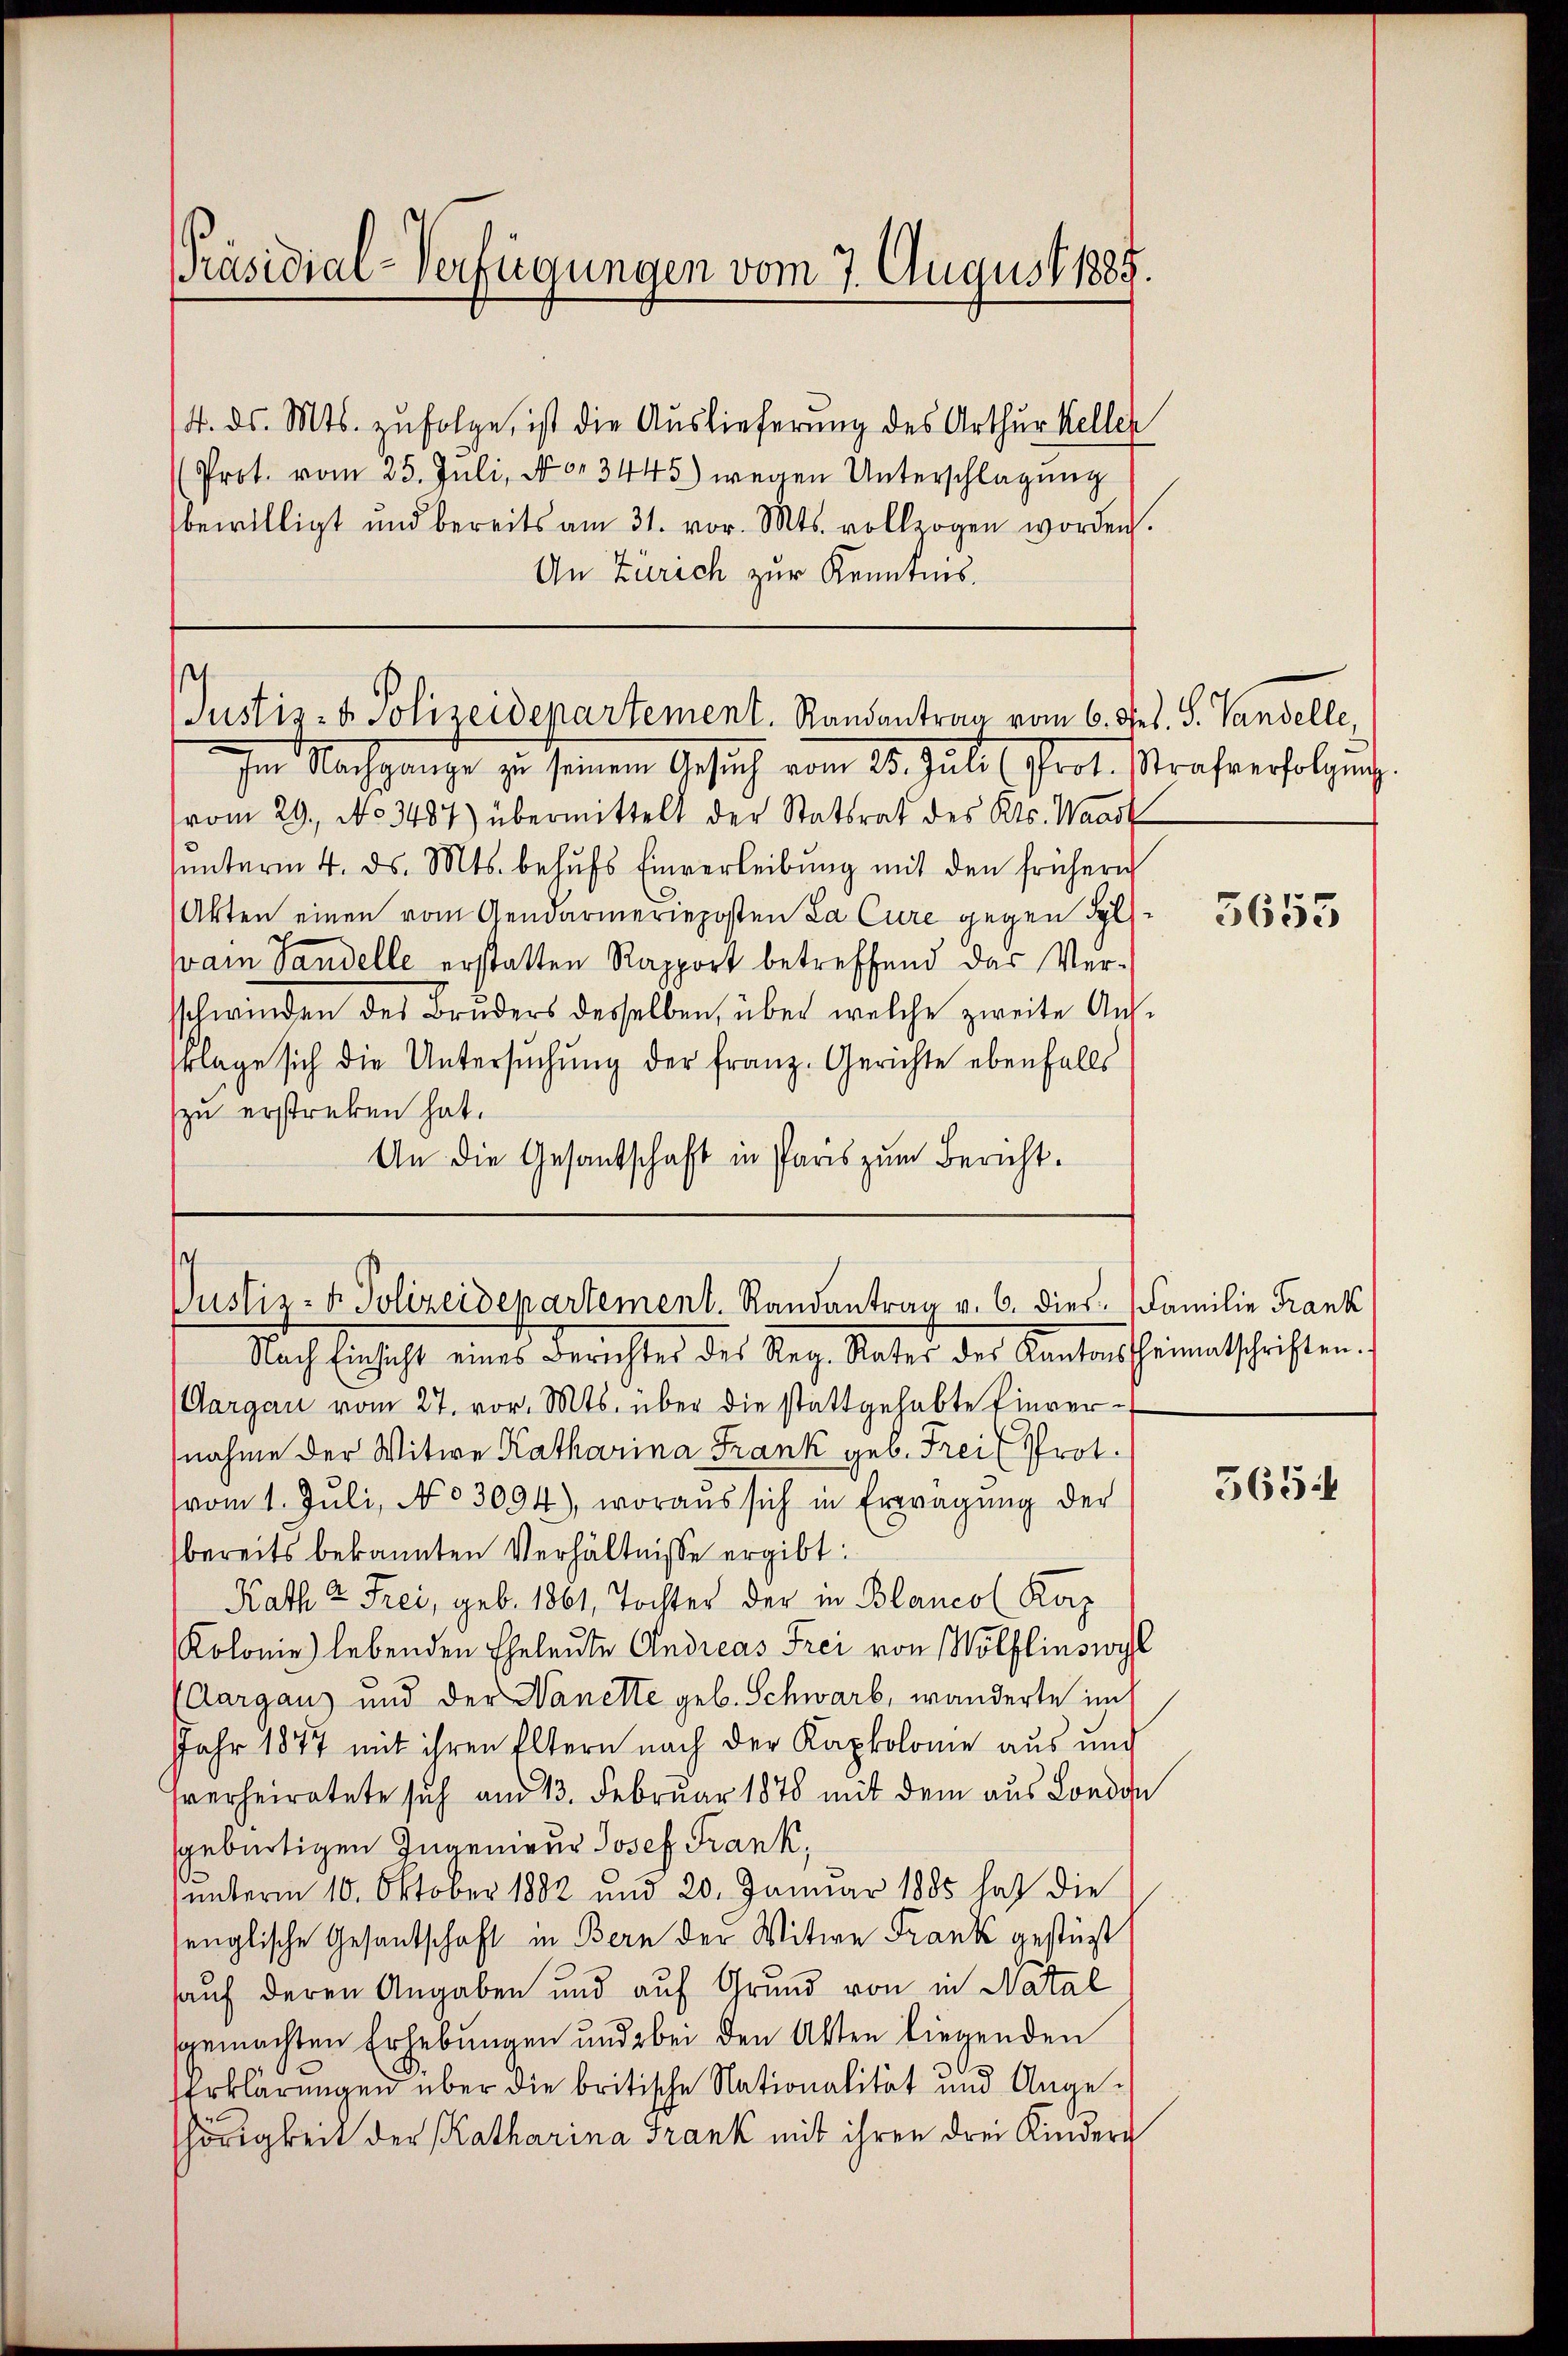
PPräsidial-Verfügungen vom 7. August 1885.

/4. ds. Mts. zufolge, ist die Auslieferung des Arthur Keller
(Prot. vom 25. Juli, No. 3445) wegen Unterschlagung
bewilligt und bereits am 31. vor. Mts. vollzogen worden.
An Zürich zur Kenntnis.

Justiz- & Polizeidepartement. Randantrag vom 6. Feb. S. Vandelle,

Im Nachgange zu seinem Gesuch vom 25. Juli Prot. Strafverfolgung.
vom 29. No 3487) übermittelt der Statsrat des Kts. Waadt
ŭnterm 4. ds. Mts. behŭfs Einverleibŭng mit den frühern
Akten einen vom Gendarmerieposten La Cure gegen Fol
(vam Sandelle erstatten Rapport betreffend das Verschwinden des Bruders desselben, über welche zweite Aus-
rlage sich die Untersŭchŭng der Franz. Gerichte ebenfalls
zu erstreben hat.
An die Gesantschaft in Paris zum Bericht.

¬
Pustiz- & Polizeidepartement. Randantrag v. 6. dies Familie Frank

Nach Einsicht eines Berichtes des Reg. Vater des Kantons heimatschriften.
(Aargau vom 27. vor. Mts. über die stattgehabte Einvernahme der Witwe Katharina Frank geb. Frei Prot.
(vom 1. Juli, No 3094), woraus sich in Erwägung der
bereits bekannten Verhältnisse ergibt:
Rath u Frei, geb. 1861, Tochter der in Blancol Korp
Kolonie) lebenden Eheleute Andreas Frei von Wölflinswyl
Aargau) und der Wanette geb. Schwarb, wanderte im
Jahr 1877 mit ihren Eltern nach der Kapkolome aus und
sverheiratete sich am 13. Februar 1878 mit dem aus Londo
gebürtigen Ingenieur Josef Frank,
unterm 10. Oktober 1882 und 20. Januar 1885 hat die
senglische Gesantschaft in Bern der Witwe Frank gestüzt
auf deren Angaben und auf Grund von in Natal
gemachten Erhebungen und bei den Akten liegenden
serklärungen über die britische Nationalität und Angehörigkeit der Katharina Frank mit ihren drei Kinderg

3655

565: